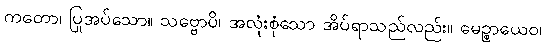
ကတော၊ ပြုအပ်သော။ သဗ္ဗောပိ၊ အလုံးစုံသော အိပ်ရာသည်လည်း။ မေဉ္စာယေဝ၊